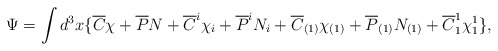
\begin{align*}\Psi = \int d^3x \{ \overline{C}\chi + \overline{P}N + \overline{C}^i\chi_i + \overline{P}^iN_i + \overline{C}_{(1)}\chi_{(1)} + \overline{P}_{(1)}N_{(1)} + \overline{C}^1_1\chi^1_1\},\end{align*}